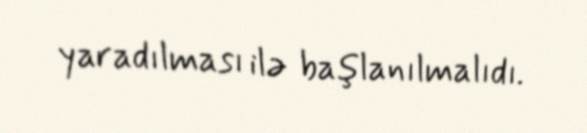
yaradılması ilə başlanılmalıdı.